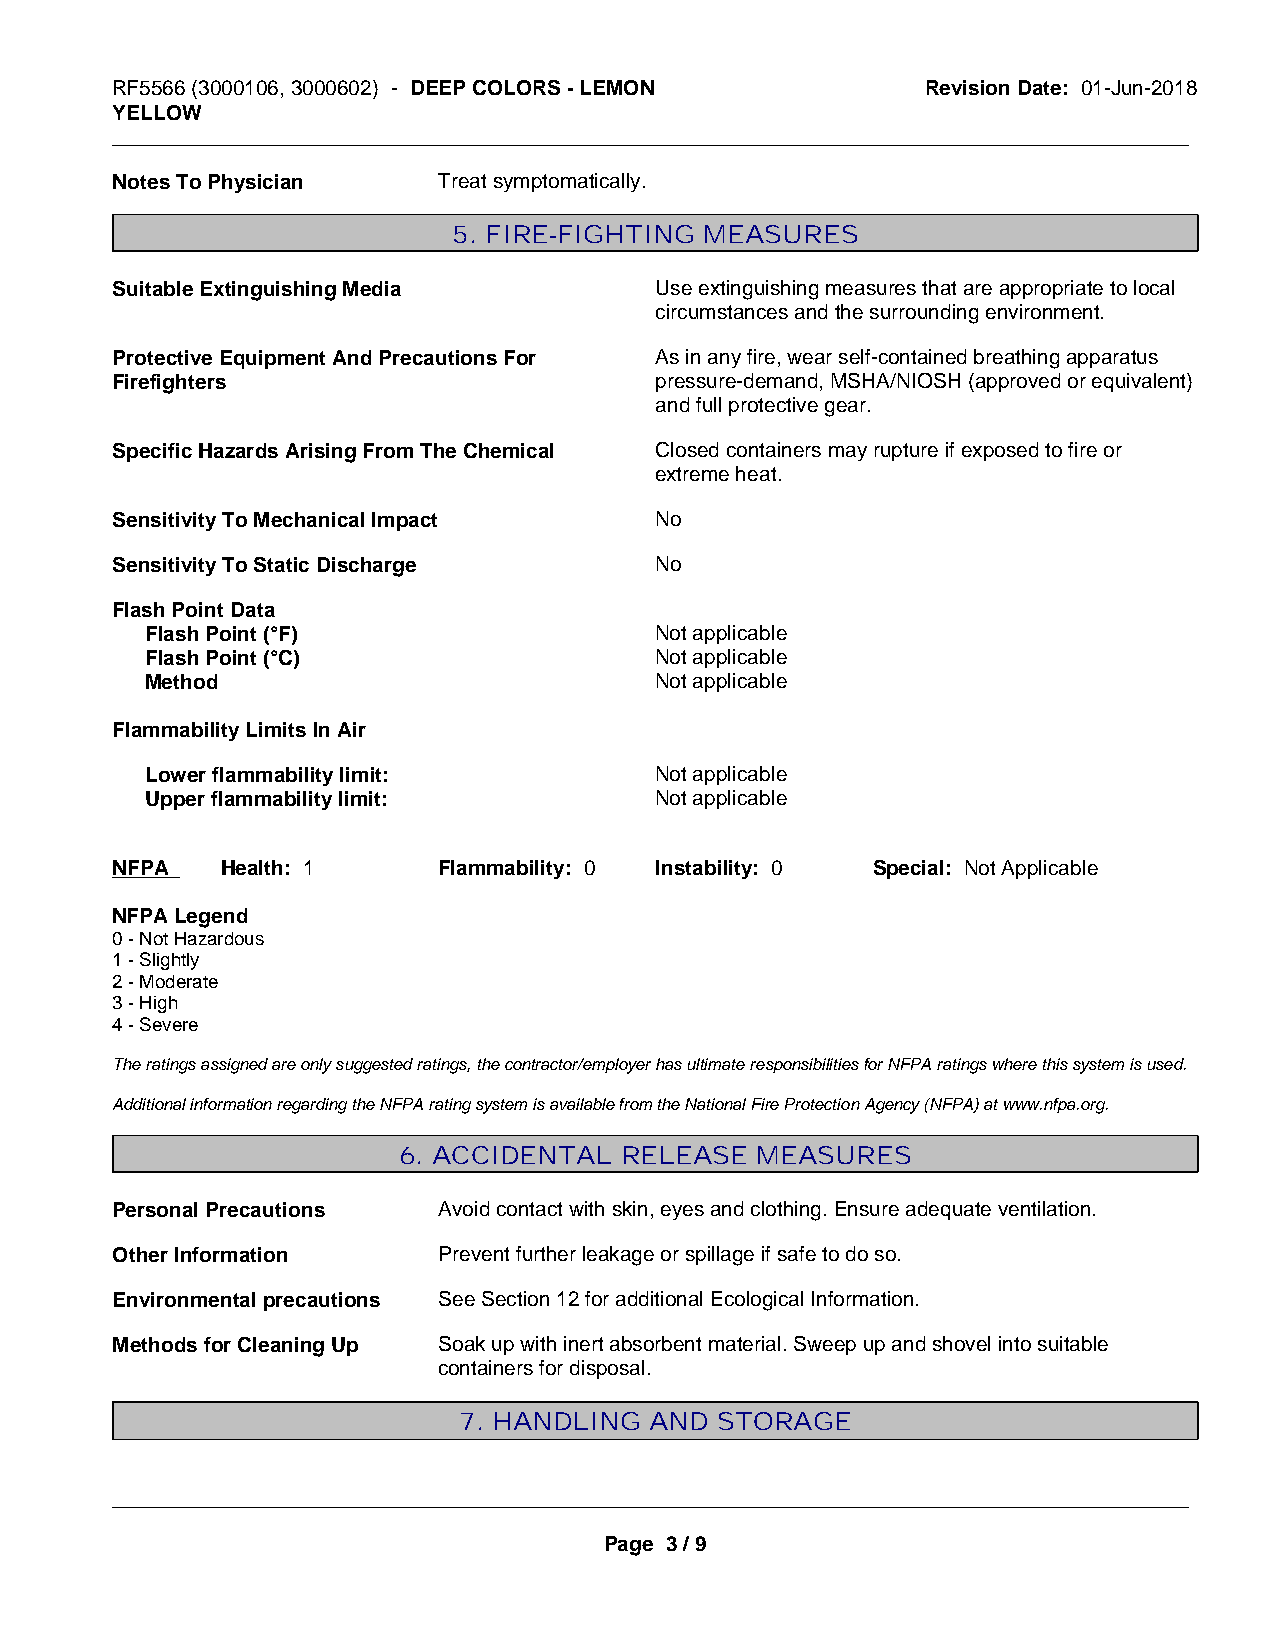
RF5566 (3000106, 3000602) - DEEP COLORS - LEMON       Revision Date: 01-Jun-2018
 YELLOW
 _____________________________________________________________________________________________
 Notes To Physician    Treat symptomatically.
 5. FIRE-FIGHTING MEASURES
 Suitable Extinguishing Media        Use extinguishing measures that are appropriate to local
 circumstances and the surrounding environment.
 Protective Equipment And Precautions For As in any fire, wear self-contained breathing apparatus
 Firefighters                        pressure-demand, MSHA/NIOSH (approved or equivalent)
 and full protective gear.
 Specific Hazards Arising From The Chemical Closed containers may rupture if exposed to fire or
 extreme heat.
 Sensitivity To Mechanical Impact    No
 Sensitivity To Static Discharge     No
 Flash Point Data
 Flash Point (°F)                 Not applicable
 Flash Point (°C)                 Not applicable
 Method                           Not applicable
 Flammability Limits In Air
 Lower flammability limit:        Not applicable
 Upper flammability limit:        Not applicable
 NFPA    Health: 1     Flammability: 0 Instability: 0 Special: Not Applicable
 NFPA Legend
 0 - Not Hazardous
 1 - Slightly
 2 - Moderate
 3 - High
 4 - Severe
 The ratings assigned are only suggested ratings, the contractor/employer has ultimate responsibilities for NFPA ratings where this system is used.
 Additional information regarding the NFPA rating system is available from the National Fire Protection Agency (NFPA) at www.nfpa.org.
 6. ACCIDENTAL  RELEASE  MEASURES
 Personal Precautions  Avoid contact with skin, eyes and clothing. Ensure adequate ventilation.
 Other Information     Prevent further leakage or spillage if safe to do so.
 Environmental precautions See Section 12 for additional Ecological Information.
 Methods for Cleaning Up Soak up with inert absorbent material. Sweep up and shovel into suitable
 containers for disposal.
 7. HANDLING  AND STORAGE
 _____________________________________________________________________________________________
 Page 3 / 9